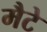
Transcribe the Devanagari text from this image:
मैटे